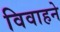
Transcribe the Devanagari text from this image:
विवाहने